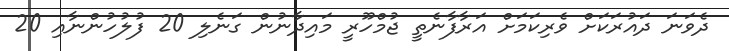
ދެވަނަ ދައުރަކަށް ވެރިކަމަށް އަރާފާނެތީ ޖުމްހޫރީ މައިދާނުން ގަނެލި 20 ފުލުހުންނާއި 20